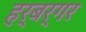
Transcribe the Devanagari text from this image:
हर्बर्गर